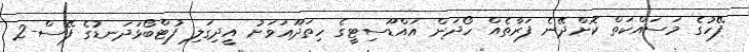
ފޭހުގެ މަސައްކަތް ކޮށްދޭނެ ފަރާތެއް ހޯދަން އައްޑޫސިޓީގެ ހިތަދޫއަވަށު އީދިގަލި ފުޓްބޯޅަދަނޑުގެ ފޭސް-2